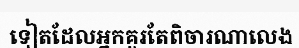
ទៀតដែលអ្នកគួរតែពិចារណាលេង